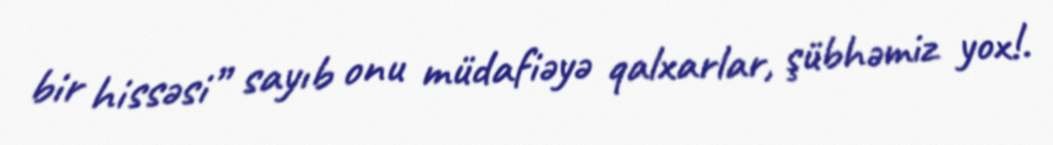
bir hissəsi” sayıb onu müdafiəyə qalxarlar, şübhəmiz yox!.